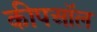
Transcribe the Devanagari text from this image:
कीपऑल